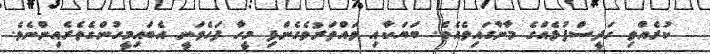
ކުރެއްވި ހަދީސްފުޅެއްގެ މާނާގައިވެއެވެ. ބަޔަކާއި ވައްތަރުވެގެންފި މީހާ ފަހެވަނީ އެބައިމީހުންގެތެރެއިންނެވެ.